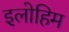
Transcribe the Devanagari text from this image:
इलोहिम